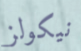
نيكولز